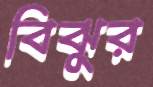
বিঝুর